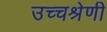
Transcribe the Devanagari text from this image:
उच्चश्रेणी